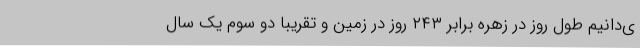
ی‌دانیم طول روز در زهره برابر ۲۴۳ روز در زمین و تقریبا دو سوم یک سال